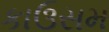
કાઉસમ